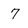
Character: 7